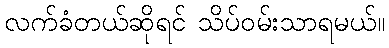
လက်ခံတယ်ဆိုရင် သိပ်ဝမ်းသာရမယ်။